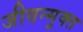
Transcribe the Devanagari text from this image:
जीवन्‍मुक्‍त